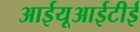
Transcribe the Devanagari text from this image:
आईयूआईटीई